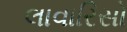
લાવારિસો